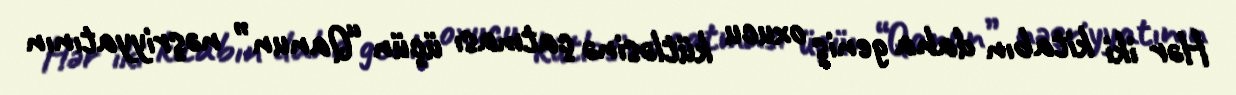
Hər iki kitabın daha geniş oxucu kütləsinə çatması üçün “Qanun” nəşriyyatının